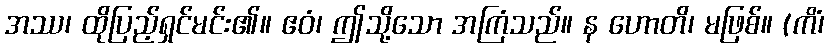
အဿ၊ ထိုပြည့်ရှင်မင်း၏။ ဧဝံ၊ ဤသို့သော အကြံသည်။ န ဟောတိ၊ မဖြစ်။ (ကိံ၊